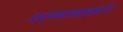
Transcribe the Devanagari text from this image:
धर्मशास्त्री।